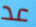
عد